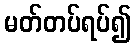
မတ်တပ်ရပ်၍